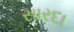
સારદા